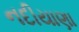
નદીયાણા